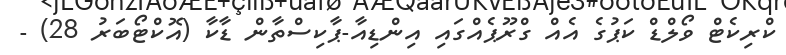
ކްރިކެޓް ވޯލްޑް ކަޕުގެ އެއް ގްރޫޕެއްގައި އިންޑިއާ-ޕާކިސްތާން ޑާކާ (އޮކްޓޯބަރު 28) -